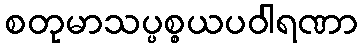
စတုမာသပ္ပစ္စယပဝါရဏာ